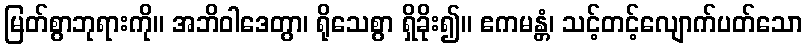
မြတ်စွာဘုရားကို။ အဘိဝါဒေတွာ၊ ရိုသေစွာ ရှိခိုး၍။ ဧကမန္တံ၊ သင့်တင့်လျောက်ပတ်သော